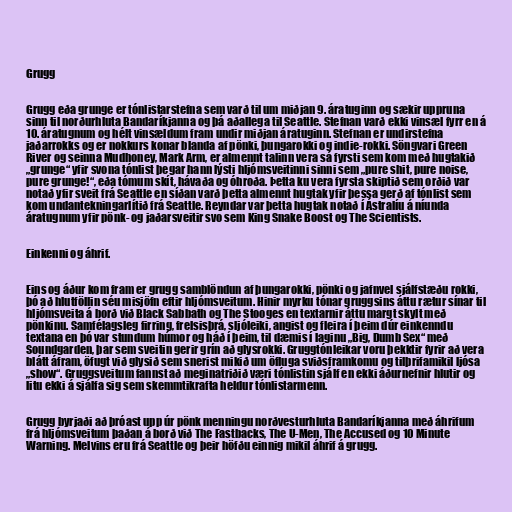
Grugg

Grugg eða grunge er tónlistarstefna sem varð til um miðjan 9. áratuginn og sækir uppruna
sinn til norðurhluta Bandaríkjanna og þá aðallega til Seattle. Stefnan varð ekki vinsæl fyrr en á
10. áratugnum og hélt vinsældum fram undir miðjan áratuginn. Stefnan er undirstefna
jaðarrokks og er nokkurs konar blanda af pönki, þungarokki og indie-rokki. Söngvari Green
River og seinna Mudhoney, Mark Arm, er almennt talinn vera sá fyrsti sem kom með hugtakið
„grunge“ yfir svona tónlist þegar hann lýsti hljómsveitinni sinni sem „pure shit, pure noise,
pure grunge!“, eða tómum skít, hávaða og óhroða. Þetta ku vera fyrsta skiptið sem orðið var
notað yfir sveit frá Seattle en síðan varð þetta almennt hugtak yfir þessa gerð af tónlist sem
kom undantekningarlítið frá Seattle. Reyndar var þetta hugtak notað í Ástralíu á níunda
áratugnum yfir pönk- og jaðarsveitir svo sem King Snake Boost og The Scientists.

Einkenni og áhrif.

Eins og áður kom fram er grugg samblöndun af þungarokki, pönki og jafnvel sjálfstæðu rokki,
þó að hlutföllin séu misjöfn eftir hljómsveitum. Hinir myrku tónar gruggsins áttu rætur sínar til
hljómsveita á borð við Black Sabbath og The Stooges en textarnir áttu margt skylt með
pönkinu. Samfélagsleg firring, frelsisþrá, sljóleiki, angist og fleira í þeim dúr einkenndu
textana en þó var stundum húmor og háð í þeim, til dæmis í laginu „Big, Dumb Sex“ með
Soundgarden, þar sem sveitin gerir grín að glysrokki. Gruggtónleikar voru þekktir fyrir að vera
blátt áfram, öfugt við glysið sem snerist mikið um öfluga sviðsframkomu og tilþrifamikil ljósa
„show“. Gruggsveitum fannst að meginatriðið væri tónlistin sjálf en ekki áðurnefnir hlutir og
litu ekki á sjálfa sig sem skemmtikrafta heldur tónlistarmenn.

Grugg byrjaði að þróast upp úr pönk menningu norðvesturhluta Bandaríkjanna með áhrifum
frá hljómsveitum þaðan á borð við The Fastbacks, The U-Men, The Accused og 10 Minute
Warning. Melvins eru frá Seattle og þeir höfðu einnig mikil áhrif á grugg.